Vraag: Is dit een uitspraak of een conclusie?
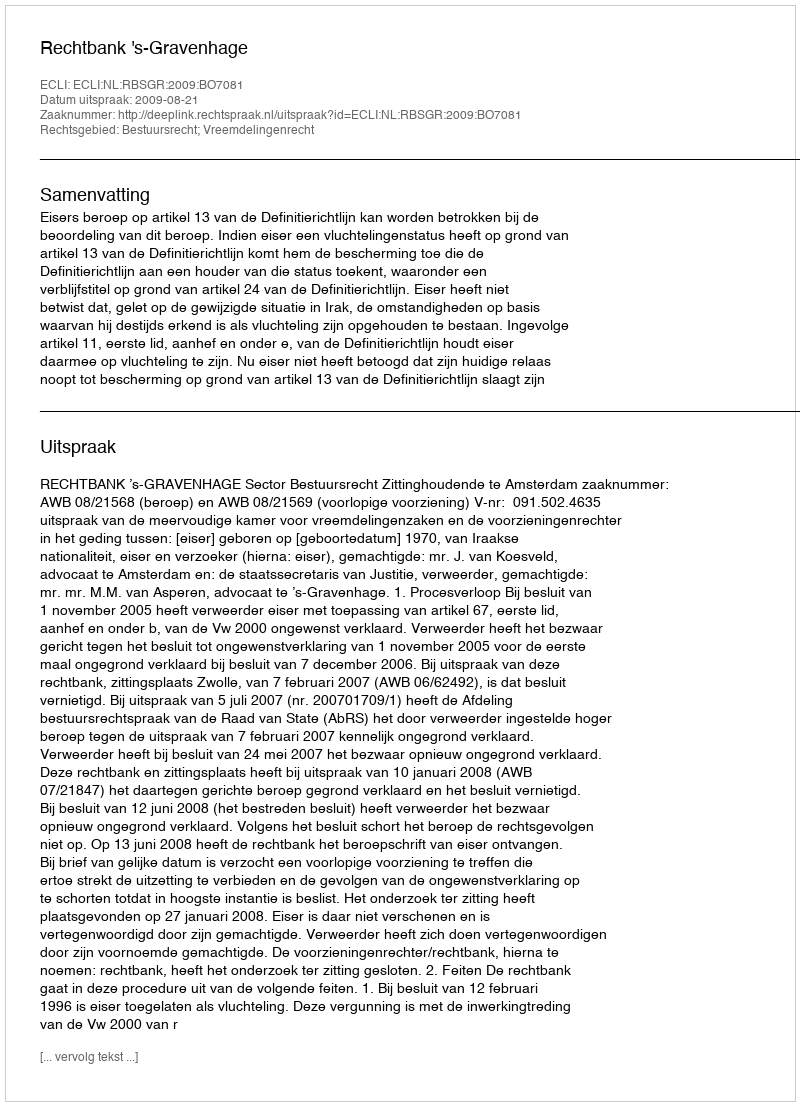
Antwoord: Uitspraak